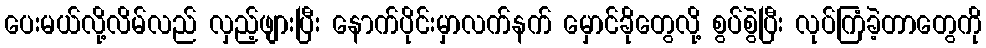
ပေးမယ်လို့လိမ်လည် လှည့်ဖျားပြီး နောက်ပိုင်းမှာလက်နက် မှောင်ခိုတွေလို့ စွပ်စွဲပြီး လုပ်ကြံခဲ့တာတွေကို